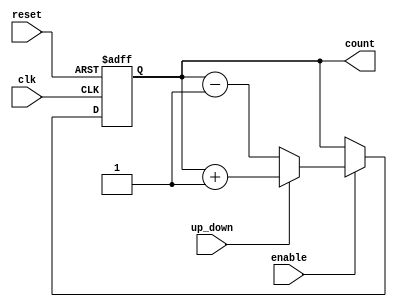
module up_down_counter (
    input wire clk,            // Clock signal
    input wire reset,          // Asynchronous reset signal
    input wire up_down,        // Control signal for counting direction
    input wire enable,         // Control signal for enabling counting
    output reg [N-1:0] count   // Current count value, N is the number of bits
);

parameter N = 4; // Number of bits for the counter (can be adjusted)

always @(posedge clk or posedge reset) begin
    if (reset) begin
        count <= 0; // Asynchronous reset to zero
    end else if (enable) begin
        if (up_down) begin
            count <= count + 1; // Count up
        end else begin
            count <= count - 1; // Count down
        end
    end
end

endmodule